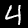
Digit: 4